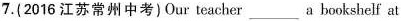
7.(2016 江苏常州中考)Our teacher ___ a bookshelf at